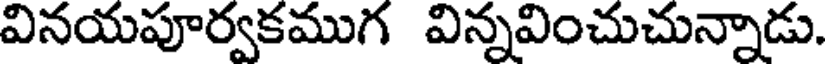
వినయపూర్వకముగ విన్నవించుచున్నాడు.